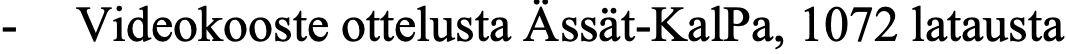
- Videokooste ottelusta Ässät-KalPa, 1072 latausta